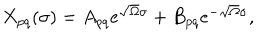
\begin{array} { l c r } { { X _ { p q } ( \sigma ) = A _ { p q } e ^ { \sqrt { \Omega } \sigma } + B _ { p q } e ^ { - \sqrt { \Omega } \sigma } , } } \\ \end{array}